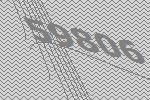
59806